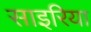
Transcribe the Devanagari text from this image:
साइरिया